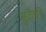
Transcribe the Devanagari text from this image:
मुठेची